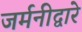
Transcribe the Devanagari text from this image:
जर्मनीद्वारे